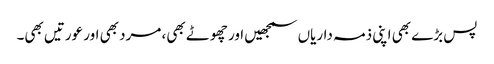
پس بڑے بھی اپنی ذمہ داریاں سمجھیں اور چھوٹے بھی، مرد بھی اور عورتیں بھی۔